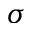
\sigma